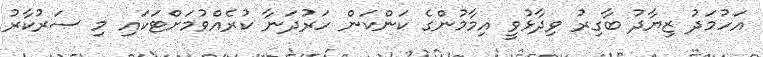
އަހުމަދު ޒިޔާދު ބާގިރު ވިދާޅުވީ އިމާމުންގެ ކަންކަން ހަރުދަނާ ކުރެއްވުމަށްޓަކައި މި ސަރުކާރު